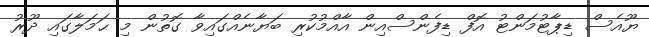
ޔޫއެސް ޑިޕާޓުމަންޓު އޮފް ޑިފެންސްއިން އާއްމުކުރި ބަޔާނެއްގައިވާ ގޮތުން މި ޙަމަލާގައި ދޫރު